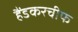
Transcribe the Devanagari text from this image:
हैंडकरचीफ